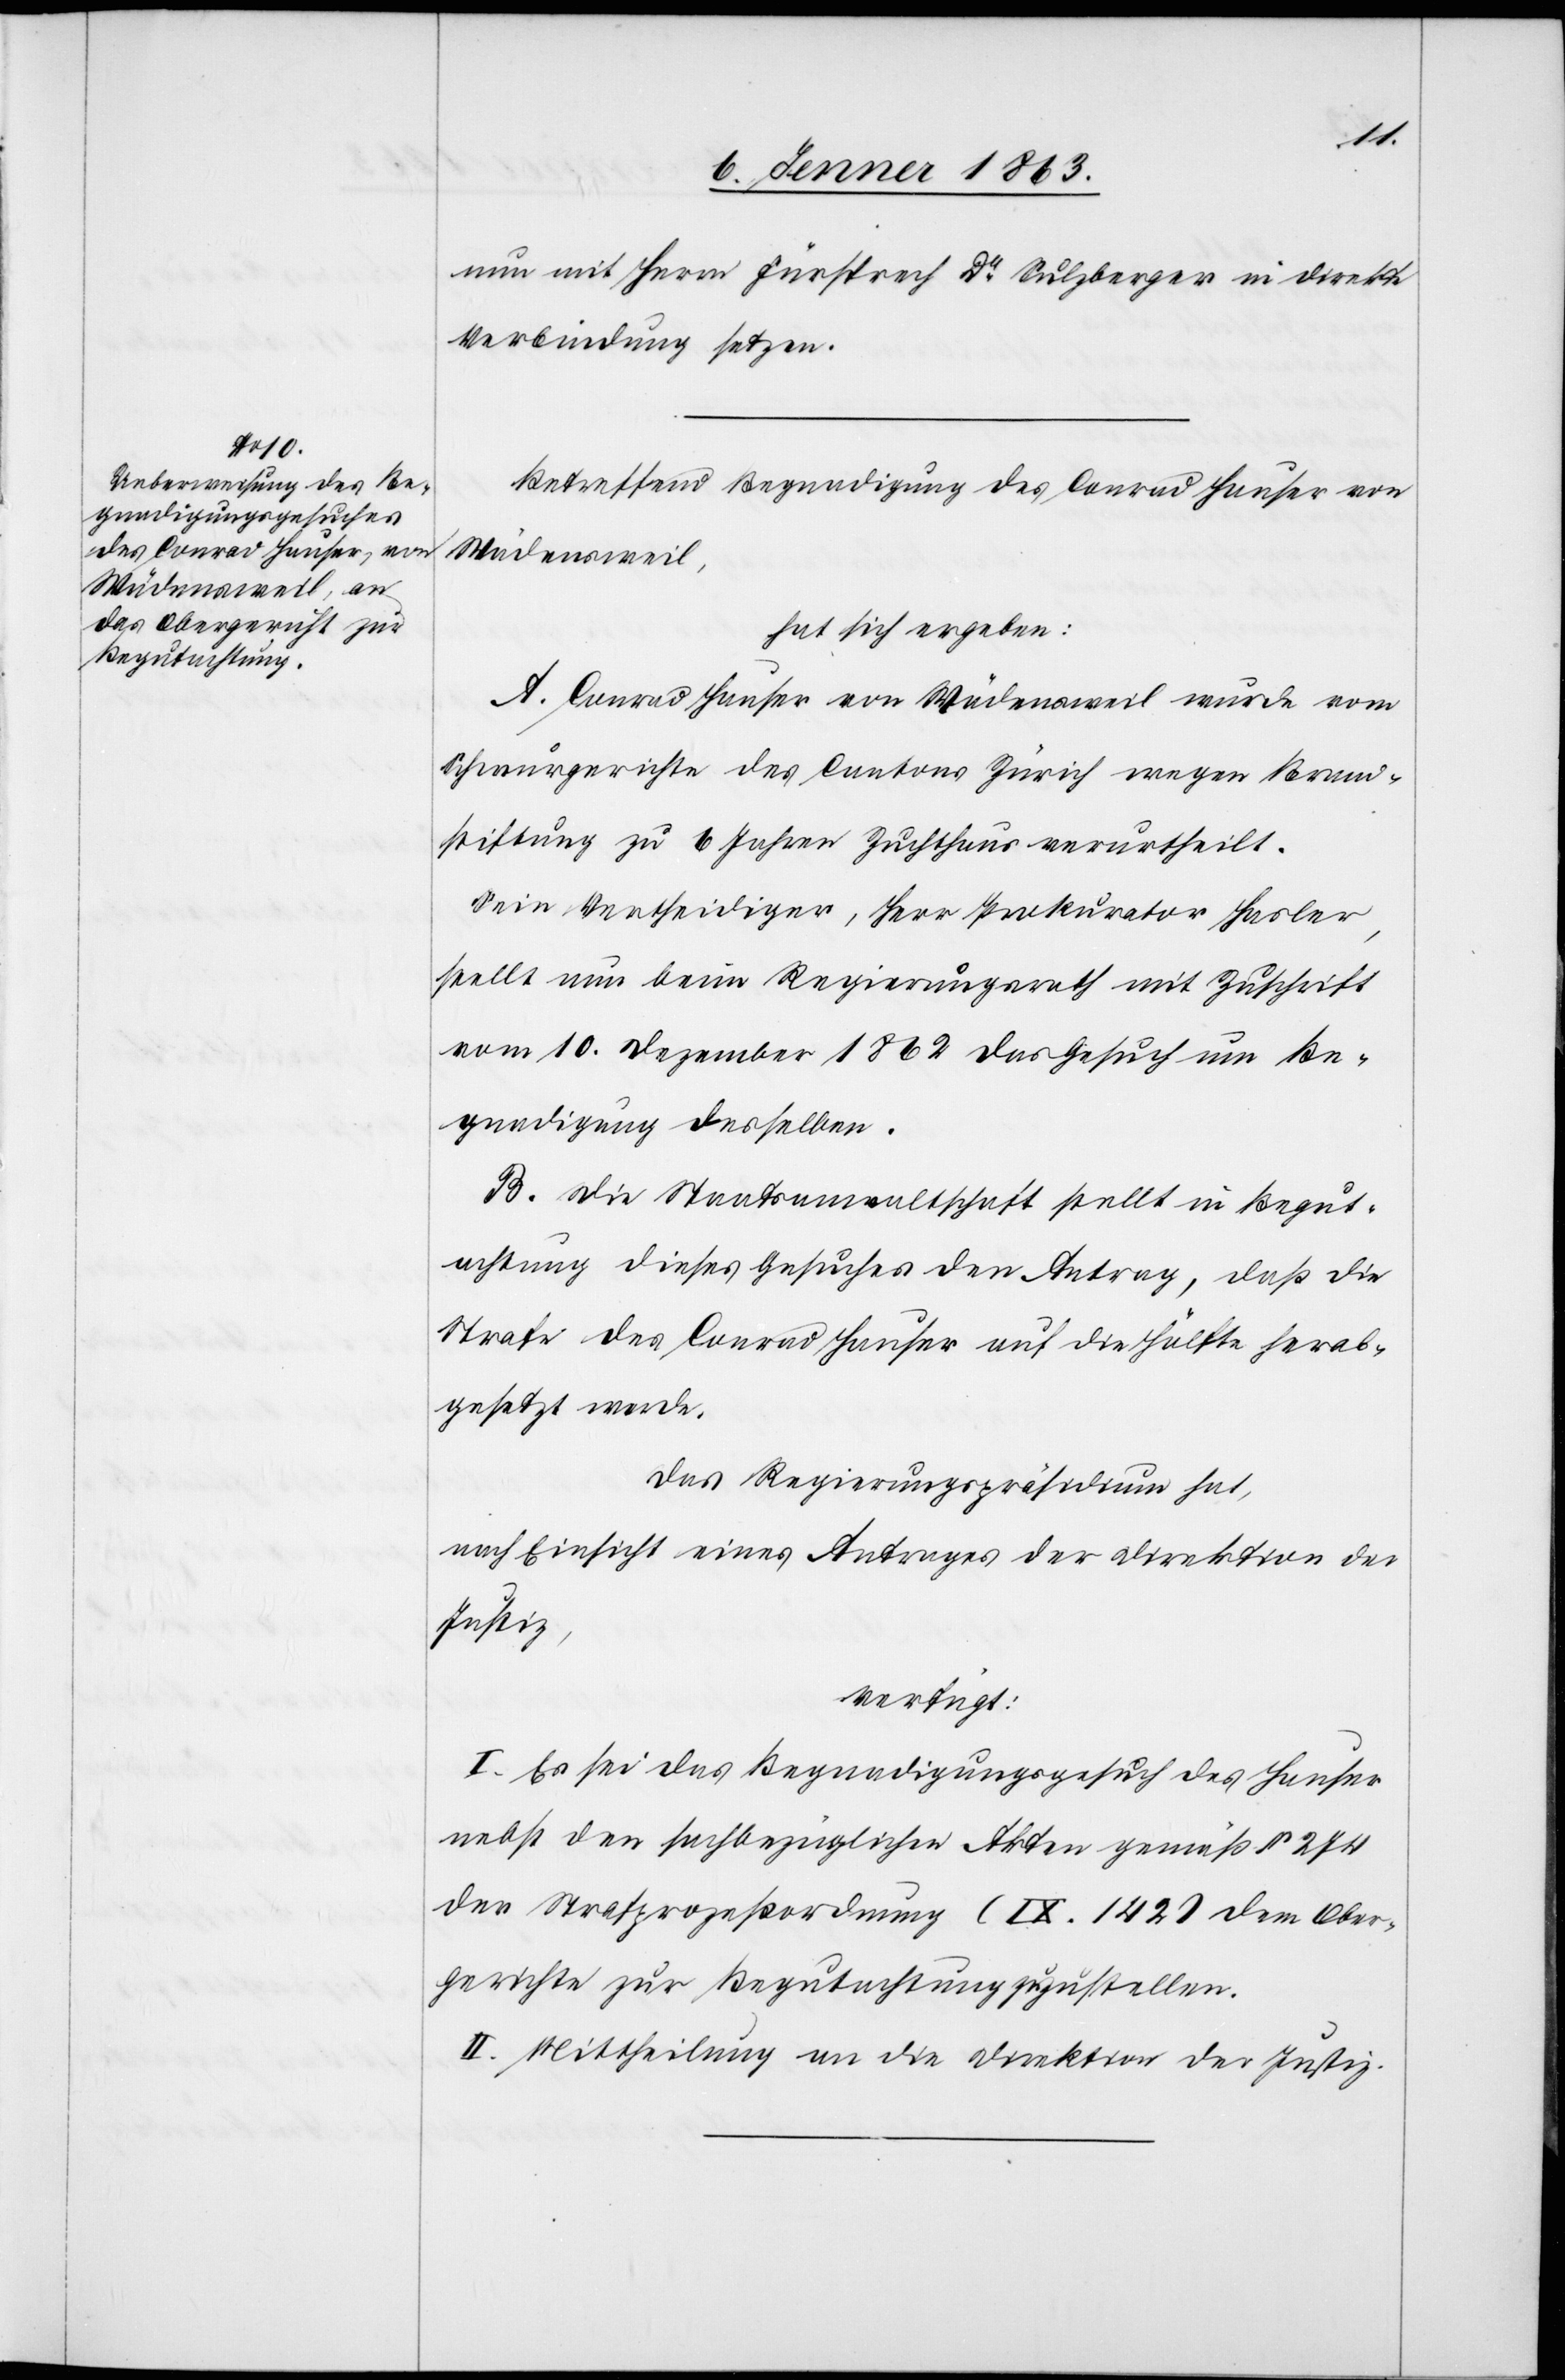
hat,
nun mit Herrn Fürsprech Dr Sulzberger in direkte
Verbindung setzen.
Betreffend Begnadigung des Conrad Hauser von
Wädensweil,
hat sich ergeben:
A. Conrad Hauser von Wädensweil wurde vom
Schwurgerichte des Cantons Zürich wegen Brand¬
stiftung zu 6 Jahren Zuchthaus verurtheilt.
Sein Vertheidiger, Herr Prokurator Hasler,
stellt nun beim Regierungsrath mit Zuschrift
vom 10. Dezember 1862 das Gesuch um Be¬
gnadigung desselben.
B. Die Staatsanwaltschaft stellt in Begut¬
achtung dieses Gesuches den Antrag, daß die
Strafe des Conrad Hauser auf die Hälfte herab¬
gesetzt werde.
nach Einsicht eines Antrages der Direktion der
verfügt:
I. Es sei das Begnadigungsgesuch des Hauser
nebst den sachbezüglichen Akten gemäß § 274
der Strafprozeßordnung (IX. 142) dem Ober¬
gerichte zur Begutachtung zuzustellen.
II Mittheilung an die Direktion der Justiz.